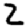
Digit: 2